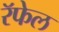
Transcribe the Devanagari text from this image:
रॅफेल